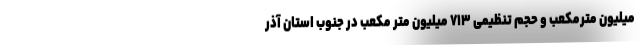
میلیون مترمکعب و حجم تنظیمی ۷۱۳ میلیون متر مکعب در جنوب استان آذر